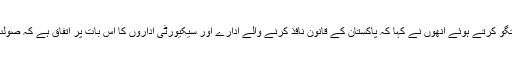
منگل کے روز میڈیا کے نمائندوں سے گفتگو کرتے ہوئے اُنھوں نے کہا کہ پاکستان کے قانون نافذ کرنے والے ادارے اور سیکیورٹی اداروں کا اس بات پر اتفاق ہے کہ صولت مرزا کے بیان کی تحقیقات ہونی چاہیے۔